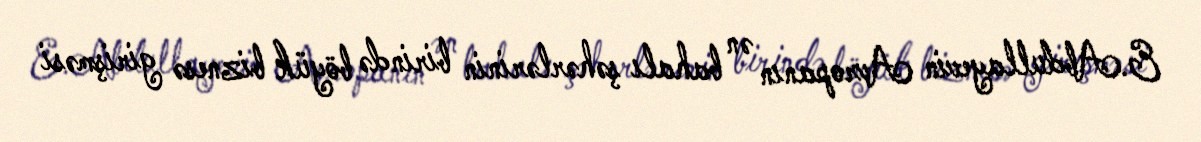
E.Abdullayevin Avropanın ən bahalı şəhərlərinin birində böyük biznesə girişməsi